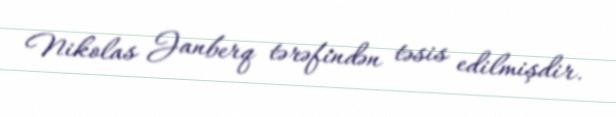
Nikolas Janberq tərəfindən təsis edilmişdir.